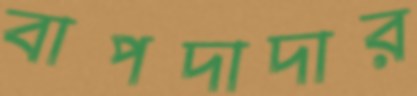
বাপদাদার